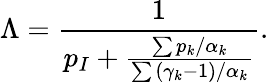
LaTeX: \Lambda=\frac{1}{p_{I}+\frac{\sum{p_{k}/\alpha_{k}}}{\sum{\left(\gamma_{k}-1\right)/\alpha_{k}}}}.